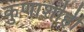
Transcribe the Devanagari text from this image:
कुणाशॊही